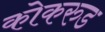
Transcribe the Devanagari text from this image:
कोकरुड